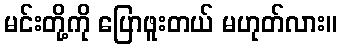
မင်းတို့ကို ပြောဖူးတယ် မဟုတ်လား။